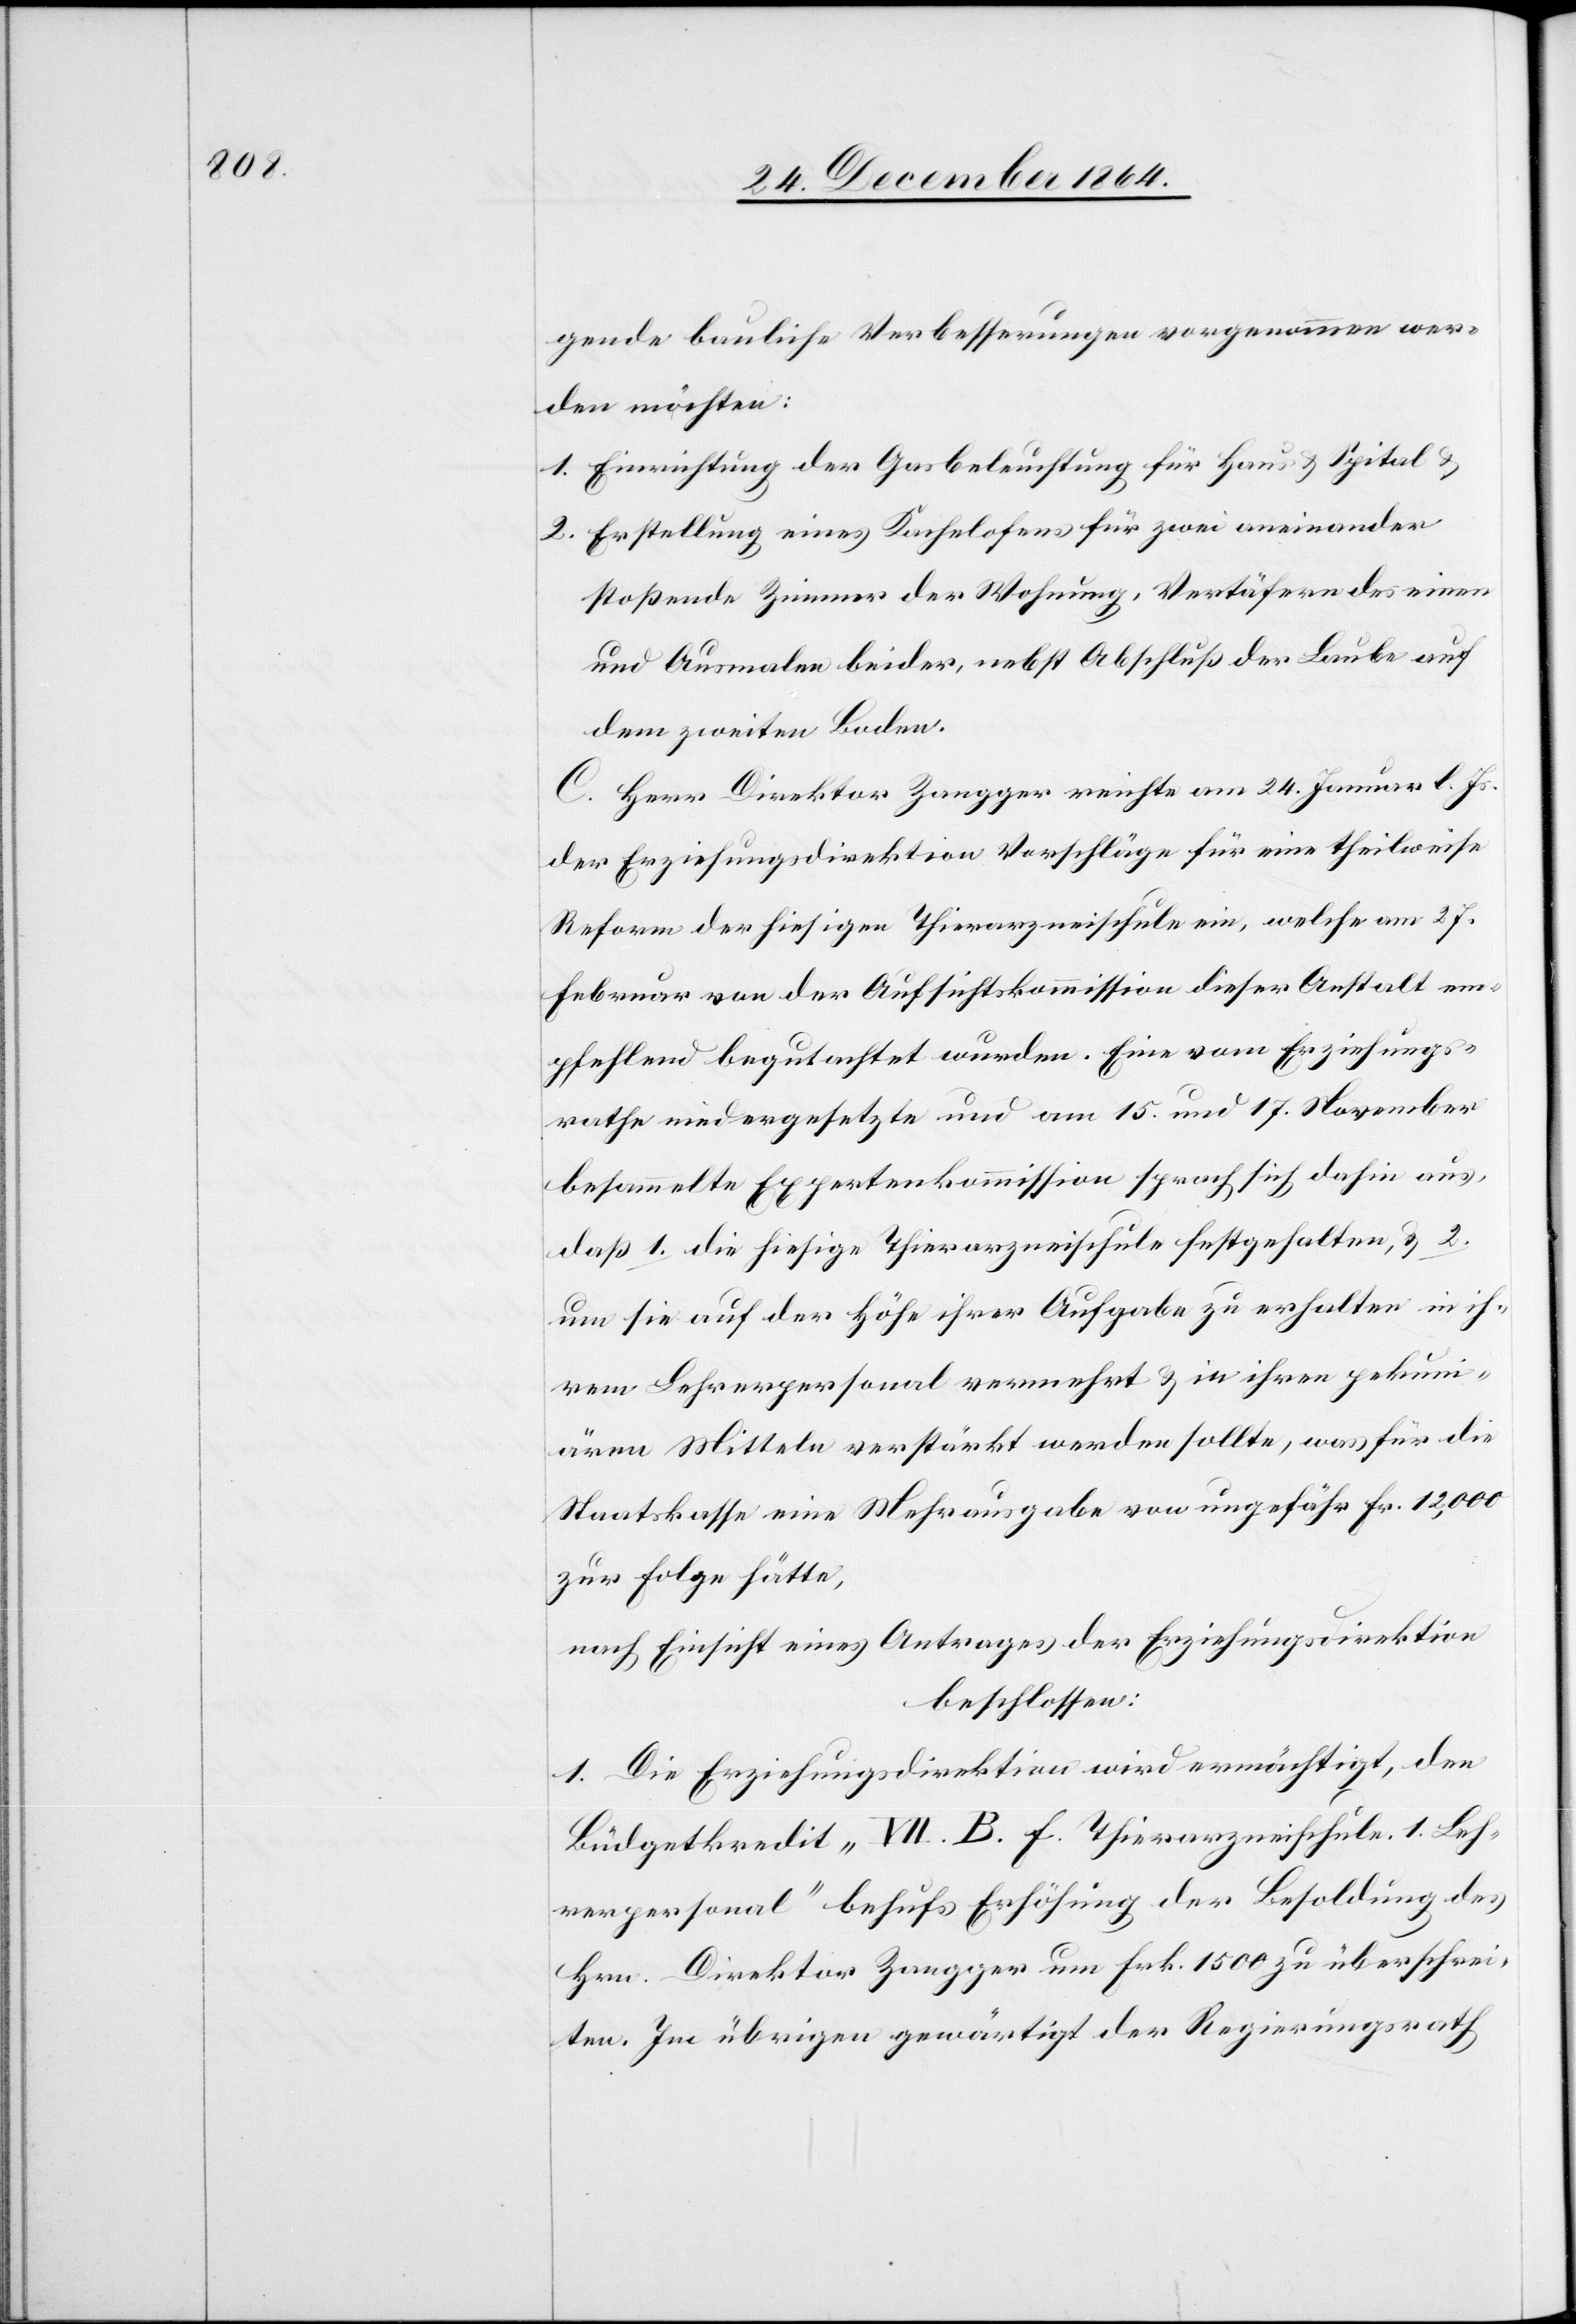
gende bauliche[n] Verbesserungen vorgenommen wer¬
den möchten:
1. Einrichtung der Gasbeleuchtung für Haus & Spital &
2. Erstellung eines Kachelofens für zwei aneinander
stoßende Zimmer der Wohnung, Vertäfern des einen
und Ausmalen beider, nebst Abschluß der Laube auf
dem zweiten Boden.
C. Herr Direktor Zangger reichte am 24. Januar l. Js.
der Erziehungsdirektion Vorschläge für seine theilweise
Reform der hiesigen Thierarzneischule ein, welche am 27.
Februar von der Aufsichtskommission dieser Anstalt em¬
pfehlend begutachtet wurden. Eine vom Erziehungs¬
rathe niedergesetzte und am 15. und 17. November
besammelte Expertenkommission sprach sich dahin aus,
daß 1. die hiesige Thierarzneischule festgehalten, & 2.
um sie auf der Höhe ihrer Aufgabe zu erhalten in ih¬
rem Lehrerpersonal vermehrt & in ihren pekuni¬
ären Mitteln verstärkt werden sollte, was für die
Staatskasse eine Mehrausgabe von ungefähr Fr. 12,000
zur Folge hätte,
nach Einsicht eines Antrages der Erziehungsdirektion
beschlossen:
1. Die Erziehungsdirektion wird ermächtigt, den
Büdgetkredit „VII. B. f. Thierarzneischule. 1. Leh¬
rerpersonal“ behufs Erhöhung der Besoldung des
Hrn. Direktor Zangger um Frk. 1 500 zu überschrei¬
ten. Im übrigen gewärtigt der Regierungsrath